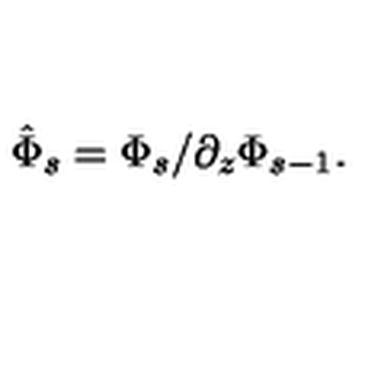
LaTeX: \hat { \Phi } _ { s } = \Phi _ { s } / \partial _ { z } \Phi _ { s - 1 } .